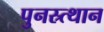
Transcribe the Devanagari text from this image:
पुनस्र्त्थान